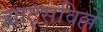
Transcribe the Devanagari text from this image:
ह्याट्सविल्ले